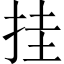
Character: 挂